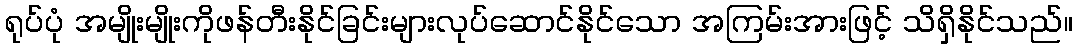
ရုပ်ပုံ အမျိုးမျိုးကိုဖန်တီးနိုင်ခြင်းများလုပ်ဆောင်နိုင်သော အကြမ်းအားဖြင့် သိရှိနိုင်သည်။